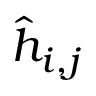
\hat { h } _ { i , j }